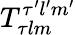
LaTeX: T_{\tau lm}^{\tau^{\prime}l^{\prime}m^{\prime}}